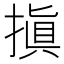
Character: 搷